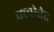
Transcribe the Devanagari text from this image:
क्‍लोरेट